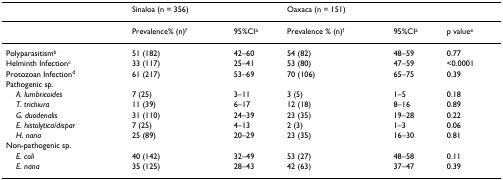
<table><thead><tr><td></td><td colspan="2"><b>Sinaloa (n = 356)</b></td><td colspan="3"><b>Oaxaca (n = 151)</b></td></tr></thead><tbody><tr><td></td><td>Prevalence% (n)<sup>f</sup></td><td>95%CI<sup>a</sup></td><td>Prevalence % (n)<sup>f</sup></td><td>95%CI<sup>a</sup></td><td>p value<sup>e</sup></td></tr><tr><td>Polyparasitism<sup>b</sup></td><td>51 (182)</td><td>42–60</td><td>54 (82)</td><td>48–59</td><td>0.77</td></tr><tr><td>Helminth Infection<sup>c</sup></td><td>33 (117)</td><td>25–41</td><td>53 (80)</td><td>47–59</td><td>&lt;0.0001</td></tr><tr><td>Protozoan Infection<sup>d</sup></td><td>61 (217)</td><td>53–69</td><td>70 (106)</td><td>65–75</td><td>0.39</td></tr><tr><td>Pathogenic sp.</td><td></td><td></td><td></td><td></td><td></td></tr><tr><td> <i>A. lumbricoides</i></td><td>7 (25)</td><td>3–11</td><td>3 (5)</td><td>1–5</td><td>0.18</td></tr><tr><td> <i>T. trichiura</i></td><td>11 (39)</td><td>6–17</td><td>12 (18)</td><td>8–16</td><td>0.89</td></tr><tr><td> <i>G. duodenalis</i></td><td>31 (110)</td><td>24–39</td><td>23 (35)</td><td>19–28</td><td>0.22</td></tr><tr><td> <i>E. histolytica/dispar</i></td><td>7 (25)</td><td>4–13</td><td>2 (3)</td><td>1–3</td><td>0.06</td></tr><tr><td> <i>H. nana</i></td><td>25 (89)</td><td>20–29</td><td>23 (35)</td><td>16–30</td><td>0.81</td></tr><tr><td>Non-pathogenic sp.</td><td></td><td></td><td></td><td></td><td></td></tr><tr><td> <i>E. coli</i></td><td>40 (142)</td><td>32–49</td><td>53 (27)</td><td>48–58</td><td>0.11</td></tr><tr><td> <i>E. nana</i></td><td>35 (125)</td><td>28–43</td><td>42 (63)</td><td>37–47</td><td>0.39</td></tr></tbody></table>